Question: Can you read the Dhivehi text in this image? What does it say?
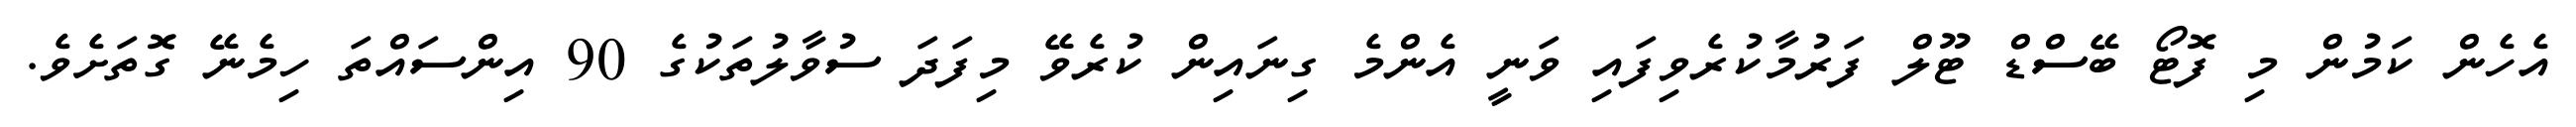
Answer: އެހެން ކަމުން މި ފޮޓޯ ބޭސްޑް ޓޫލް ފަރުމާކުރެވިފައި ވަނީ އެންމެ ގިނައިން ކުރެވޭ މިފަދަ ސުވާލުތަކުގެ 90 އިންސައްތަ ހިމެނޭ ގޮތަށެވެ.